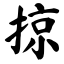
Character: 掠